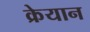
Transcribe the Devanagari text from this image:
क्रेयान